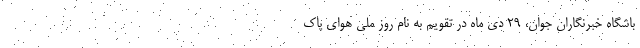
باشگاه خبرنگاران جوان، ۲۹ دی ماه در تقویم به نام روز ملی هوای پاک